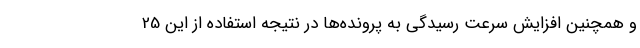
و همچنین افزایش سرعت رسیدگی به پرونده‌ها در نتیجه استفاده از این 25